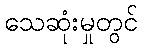
သေဆုံးမှုတွင်